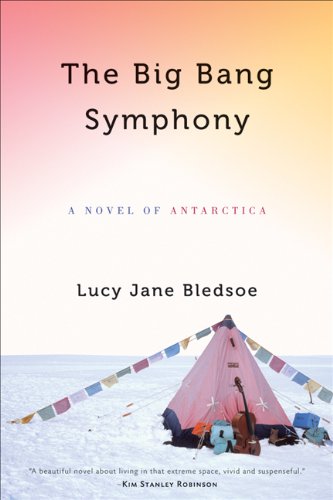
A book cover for The Big Bang Symphony: A Novel of Antarctica; Lucy Jane Bledsoe; Gay & Lesbian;